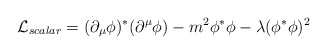
\begin{align*}{\cal L}_{scalar} = (\partial _{\mu} \phi) ^{\ast} (\partial ^{\mu} \phi)-m^2 \phi ^{\ast} \phi - \lambda (\phi ^{\ast} \phi)^2\end{align*}